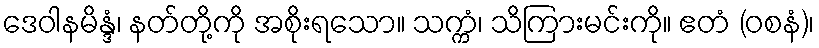
ဒေဝါနမိန္ဒံ၊ နတ်တို့ကို အစိုးရသော။ သက္ကံ၊ သိကြားမင်းကို။ ဧတံ (ဝစနံ)၊